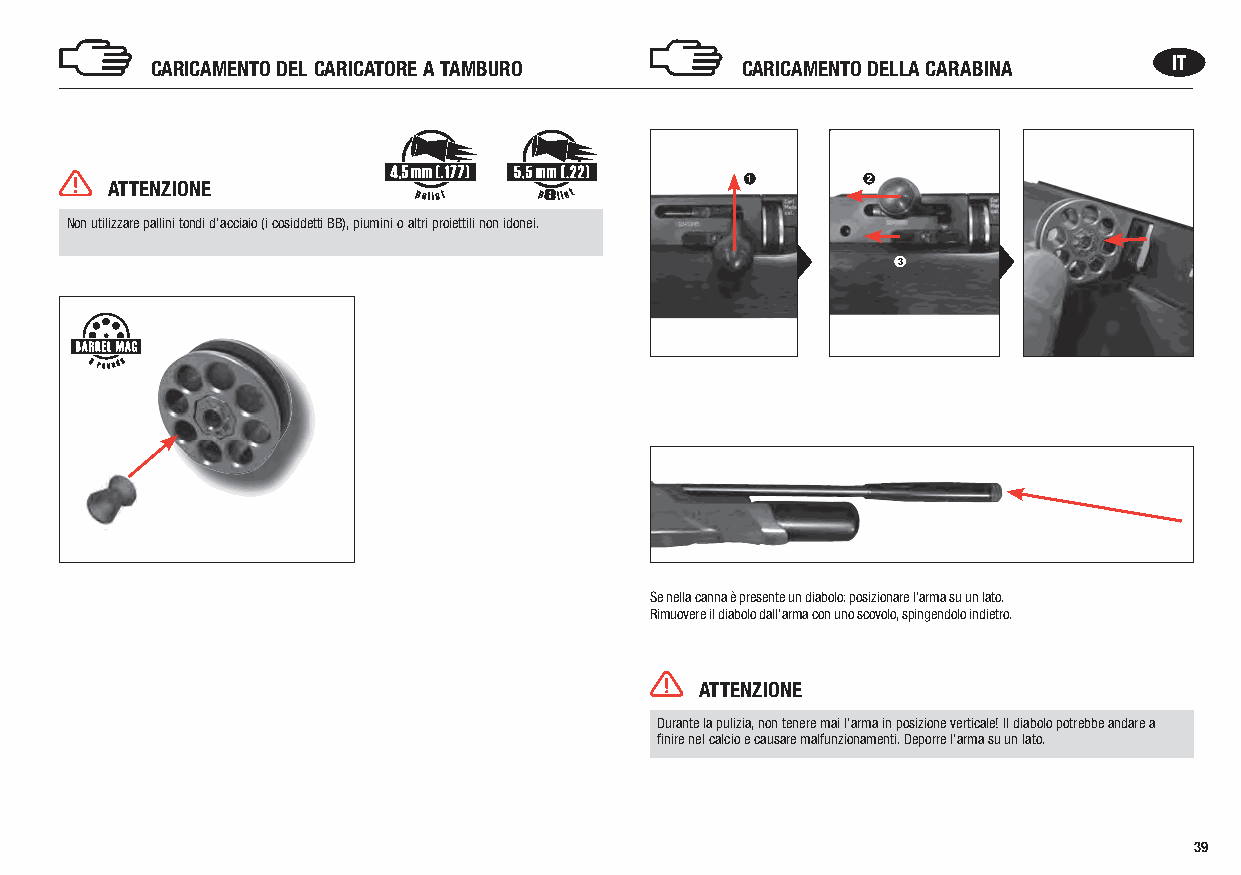
CARICAMENTO DEL CARICATORE A TAMBURO   CARICAMENTO DELLA CARABINA   IT
 ATTENZIONE                                1       2
 p        p
 Non utilizzare pallini tondi d‘acciaio (i cosiddetti BB), piumini o altri proiettili non idonei.
 3
 Se nella canna è presente un diabolo: posizionare l‘arma su un lato.
 Rimuovere il diabolo dall‘arma con uno scovolo, spingendolo indietro.
 ATTENZIONE
 Durante la pulizia, non tenere mai l‘arma in posizione verticale! Il diabolo potrebbe andare a
 finire nel calcio e causare malfunzionamenti. Deporre l‘arma su un lato.
 39